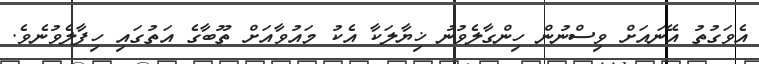
އެވަގުތު އޭނައަށް ވިސްނުން ހިންގާލެވުނު ޚިޔާލަކާ އެކު މައުވާއަށް ތޫބާގެ އަތުގައި ހިފާލެވުނެވެ.